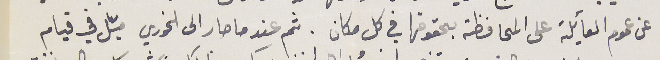
عن عموم العأيلة على المحافظة بحقوقها في كل مكان. ثم عندما صار الى الخوري ميّل في قيام